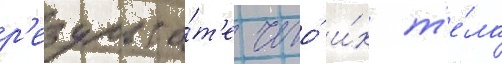
р'езульта́т'е чего́ и́х т'е́ла